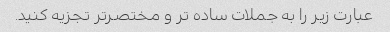
عبارت زیر را به جملات ساده تر و مختصرتر تجزیه کنید.